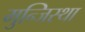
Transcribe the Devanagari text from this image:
मुन्जिस्था